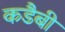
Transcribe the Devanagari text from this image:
कडैबी